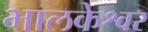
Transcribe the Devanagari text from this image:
भालकेश्वर